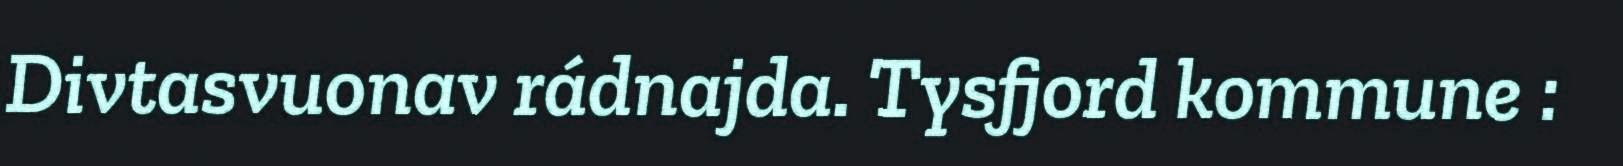
Divtasvuonav rádnajda. Tysfjord kommune :